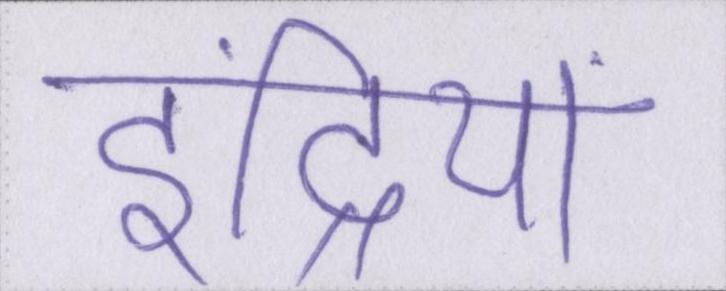
इंद्रियां